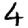
Digit: 4